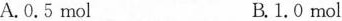
A.0.5mol B.1.0mol